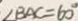
\angle B A C = 6 0 ^ { \circ }